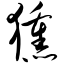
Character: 獯